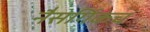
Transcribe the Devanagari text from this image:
नैसर्गिकच